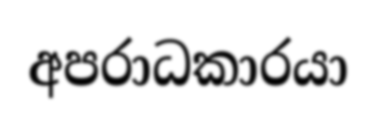
අපරාධකාරයා